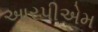
આરપીએમ